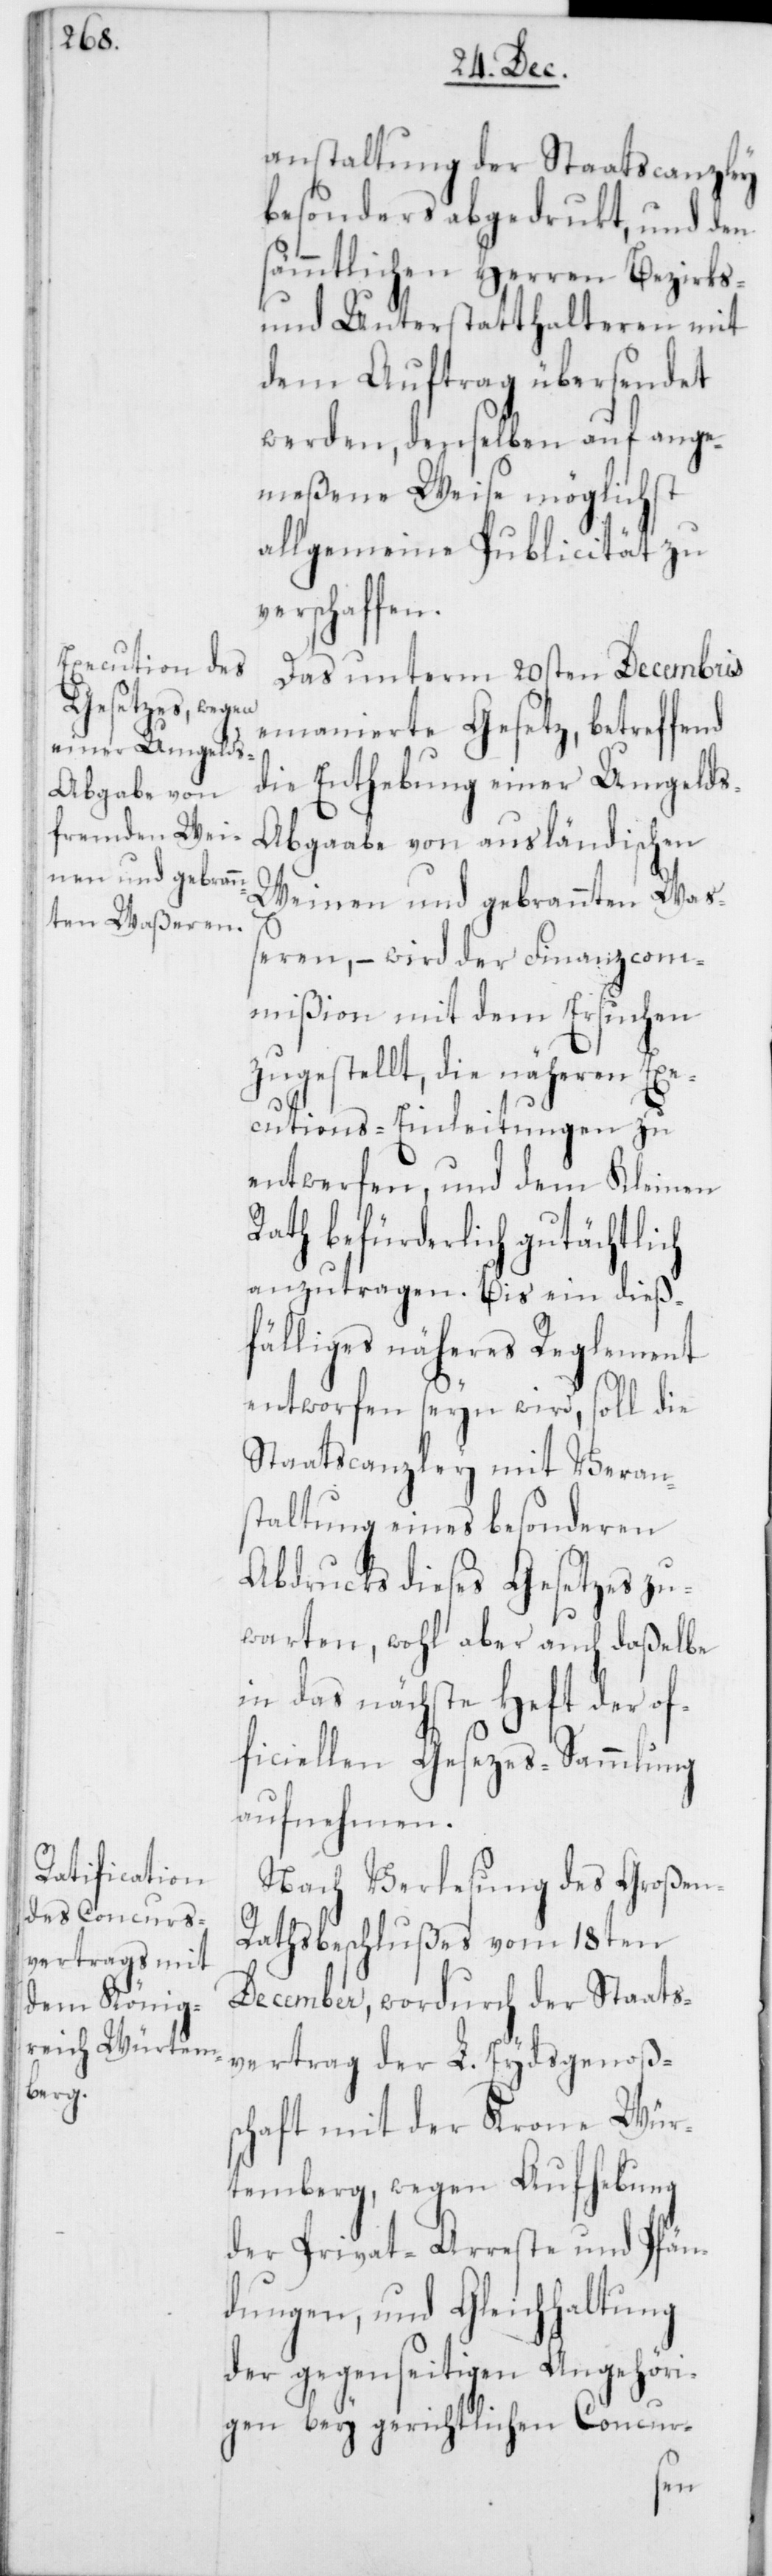
anstaltung der Staatscanzley
besonders abgedrukt, und den
sämmtlichen Herren Bezirks-
und Unterstatthalteren mit
dem Auftrag übersendet
werden, denselben auf ange¬
meßene Weise möglichst
allgemeine Publicität zu
verschaffen.
Das unterm 20sten Decembris
emanierte Gesetz, betreffend
die Enthebung einer Umgelds-A¬
bgaabe von ausländischen
Weinen und gebrannten Wa¬
ßeren, – wird der Finanzcom¬
mißion mit dem Ersuchen
zugestellt, die näheren Exe¬
cutions-Einleitungen zu
entwerfen, und dem Kleinen
Rath befürderlich gutächtlich
anzutragen. Bis ein dieß¬
fälliges näheres Reglement
entworfen seyn wird, soll die
Staatscanzley mit Verans¬
taltung eines besonderen
Abdrucks dieses Gesetzes zu¬
warten, wohl aber auch daßelbe
in das nächste Heft der of¬
ficiellen Gesezes-Sammlung
aufnehmen.
Nach Verlesung des Großen-R¬
athsbeschlußes vom 18ten
December, wordurch der Staats¬
vertrag der L. Eydsgenoßs¬
chaft mit der Krone Wür¬
temberg, wegen Aufhebung
der Privat-Arreste und Pfän¬
dungen, und Gleichhaltung
der gegenseitigen Angehöri¬
gen bey gerichtlichen Concur-